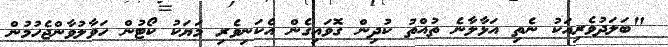
"ބަލަދުވެރިއަކު ނެތި އަޅާލާނެ ތުއްތު ކުދިން ގޮވައިގެން އެކަނިވެރި މަޔަކު ކޯޓުން ހަވާލުވާންޖެހުމުން